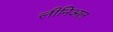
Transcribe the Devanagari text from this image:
लीनिअल